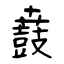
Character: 鼖